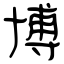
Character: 博